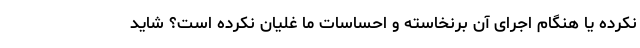
نکرده یا هنگام اجرای آن برنخاسته و احساسات ما غلیان نکرده است؟ شاید